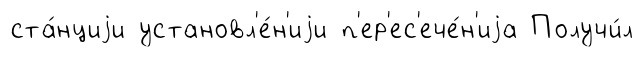
ста́нциjи установл'е́н'иjи п'ер'ес'ече́н'иjа Получи́л